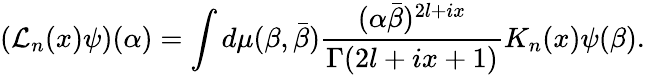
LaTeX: \left({\cal L}_{n}(x)\psi\right)(\alpha)=\int d\mu(\beta,\bar{\beta})\frac{(\alpha\bar{\beta})^{2l+ix}}{\Gamma(2l+ix+1)}K_{n}(x)\psi(\beta).